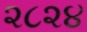
૨૮૨૪